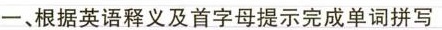
一、根据英语释义及首字母提示完成单词拼写